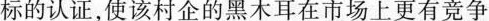
标的认证，使该村企的黑木耳在市场上更有竞争